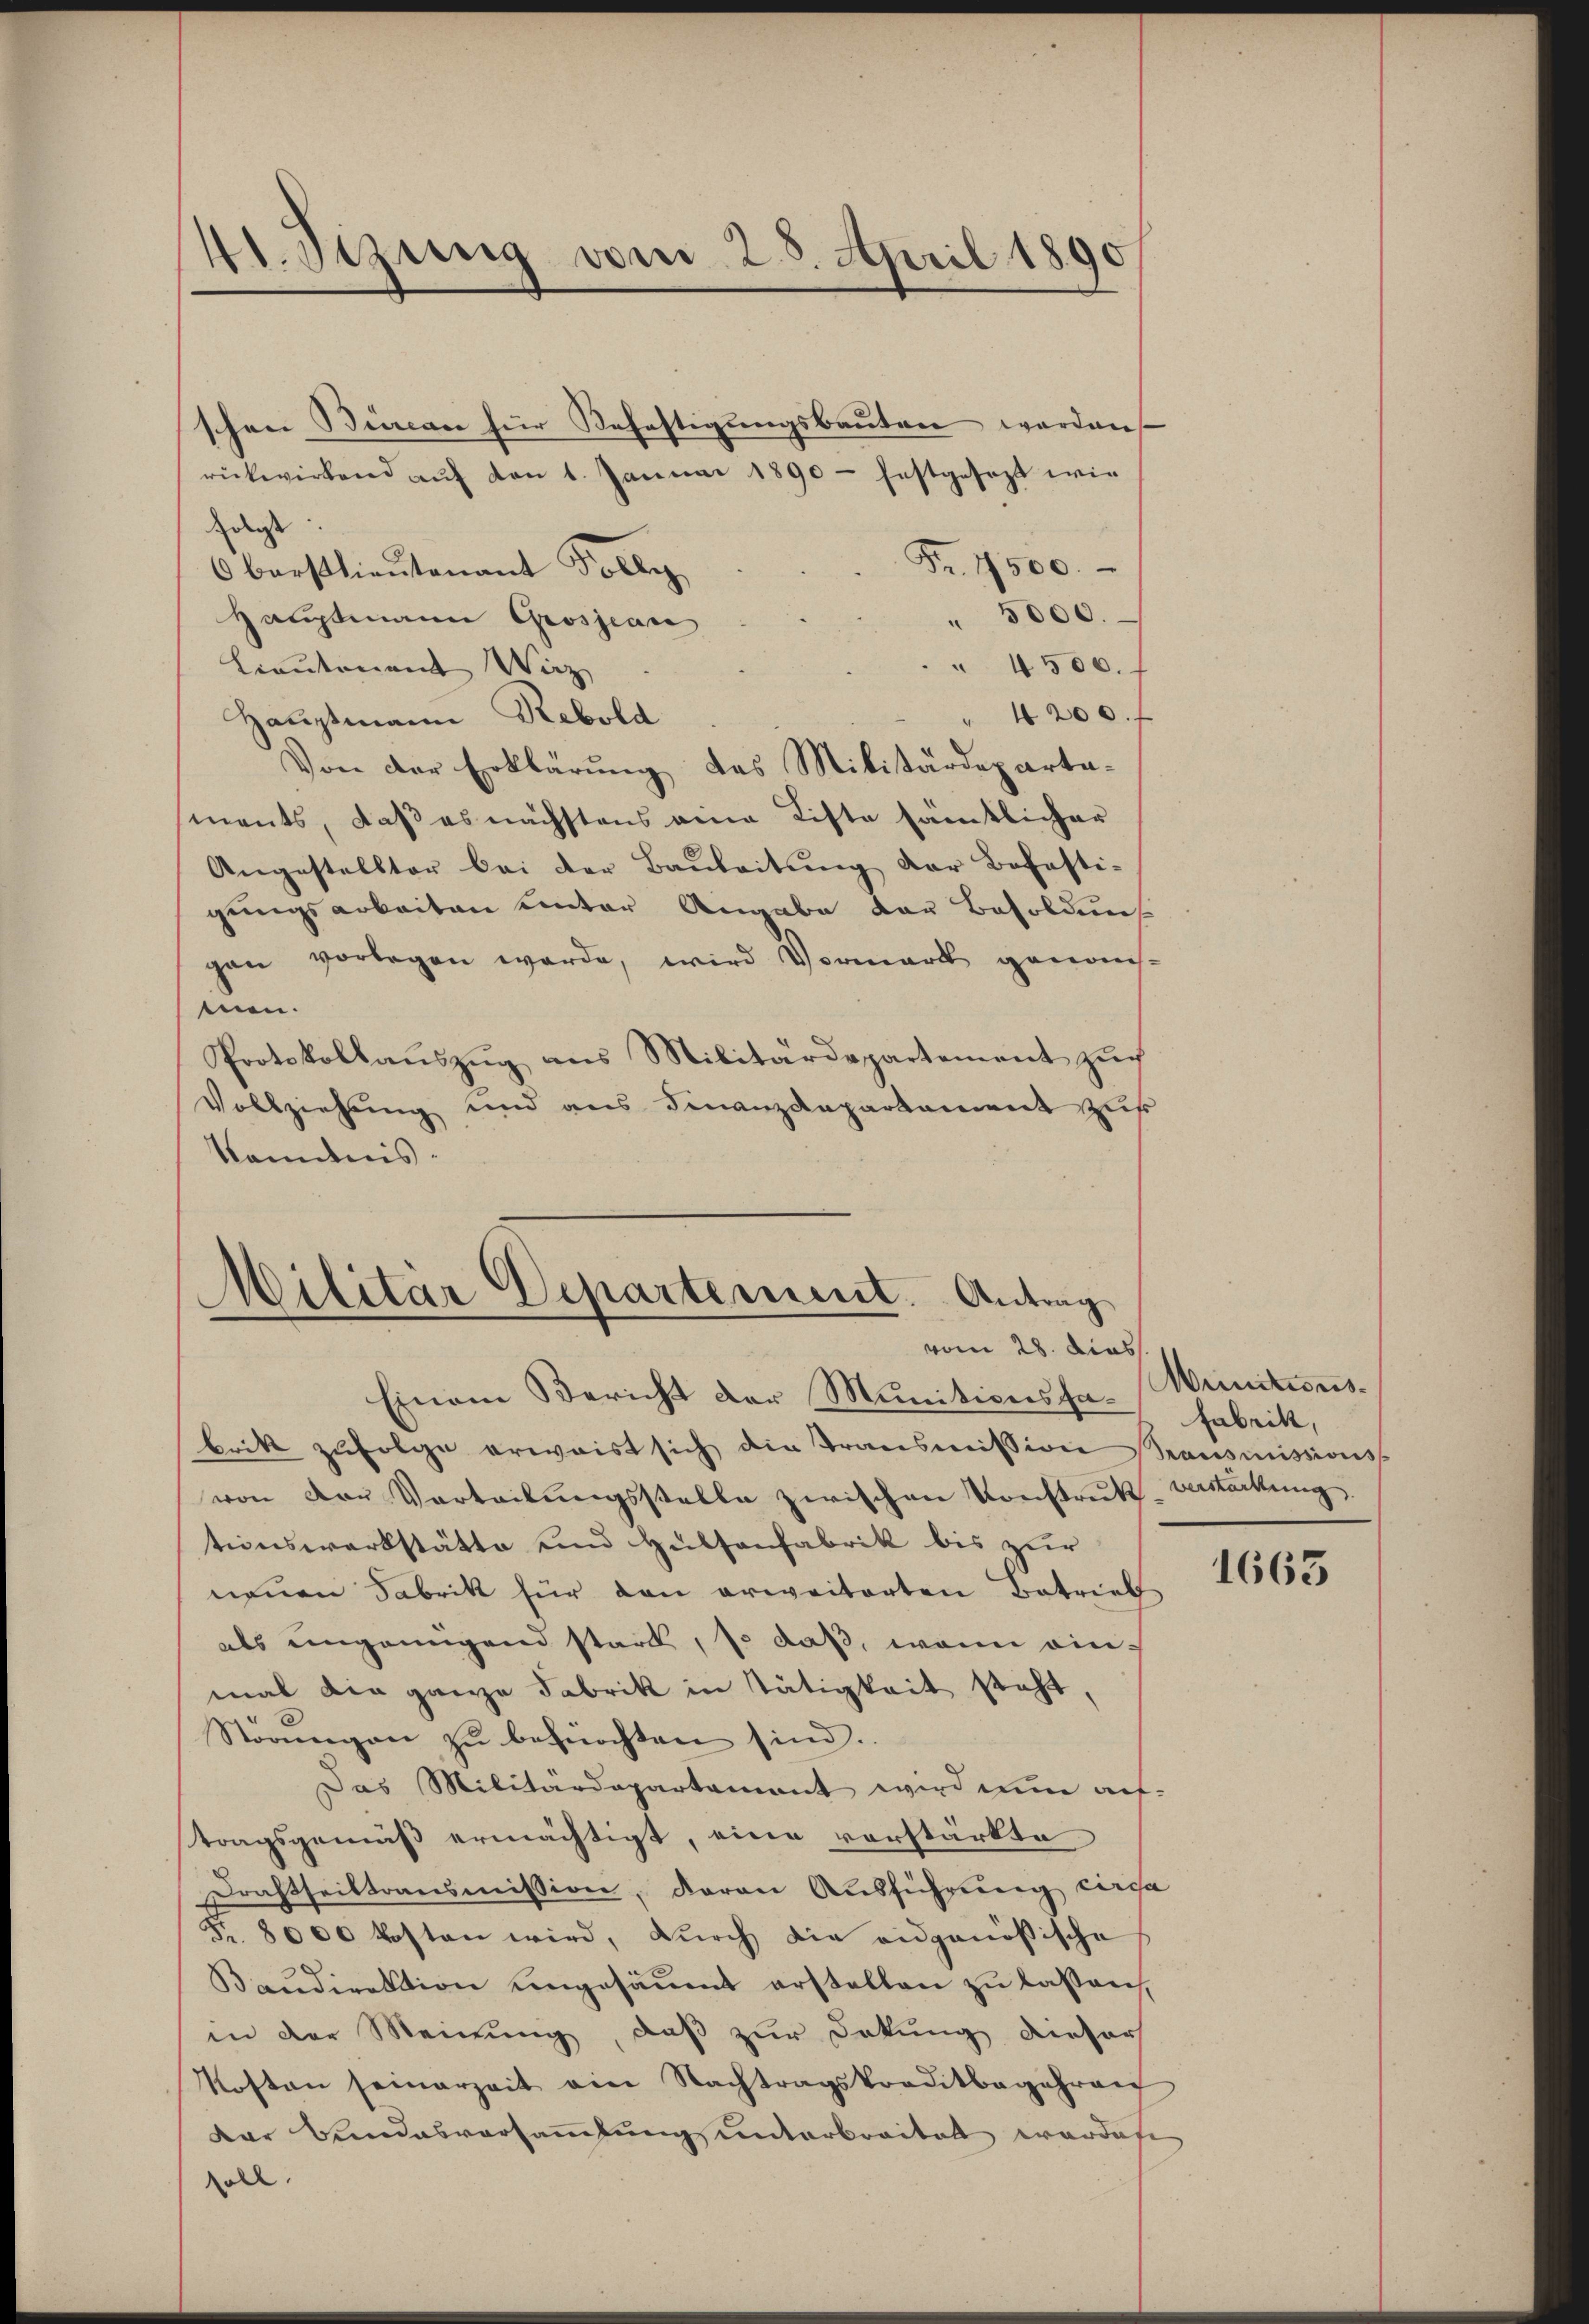
41. Sizung vom 25. April 1890

schen Burcar für Befestigungsbauten worden
rückwirkend aŭf den 1. Januar 1890 - festgesezt wie
diese
Fr. 1500.
6 barstlieutenant Folle
5000.
Hauptmann Grosjean
 4500. f
Lieutonent Wirz
" 4200.
Hauptmann Rebold
Von der Erklärung des Militärdepartaments, daß es nächstens eine Liste sämtlicher
Angestellter bei der Baŭleitŭng der Befesti-
gungsarbeiten unter Angabe der Besoldung
gan vorlegen werde, wird Vormark genom-
men.
Protokollaŭszŭg ans Militärdepartement zŭch
Vollziehung und aus Finanzdepartament zus
Kenntnis.

Militar Departement. Antrag
vom 28. dies

Einem Bericht der Munitionsfa Munitions-
britt zŭfolge erwaist sich die Transmission Transmissions-
von der Verteilŭngsstelle zwischen Konstruk-Verstärkung
tionswerkstätte und Hultanfabrik bis zur
neuen Fabrik für den erweiterten Betrieb
als ungenügend stark, so daß, wenn einmal die ganze Fabrik in Tätigkeit steht,
Störŭngen zŭ befürchten sind.
Das Militärdepartamant wird nun auf-
tragsgemäß ermächtigt, eine vorstärkte
Drahtheiltransmission, daran Ausführung circa
Fr. 8000 kosten wird, durch die eidgenößische
Baudirektion ungesäumt erstellen zu lassen,
in der Meinung, daß zur Dokung dieser
Kosten seinerzeit ain Nachtragskreditbegehren
Dar Bundesversammlung unterbreitet werdene
soll.

Fabrik,

1663